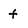
Character: t